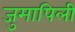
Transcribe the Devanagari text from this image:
जुमापिली